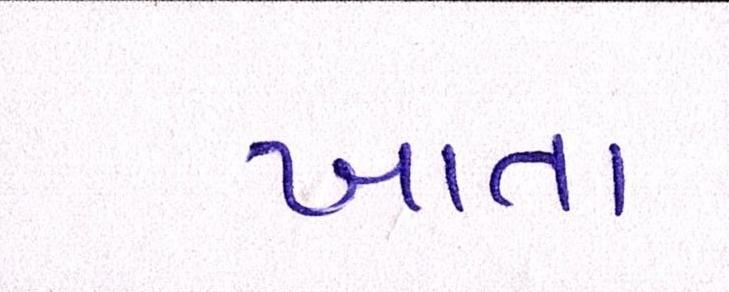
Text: ખાતા